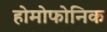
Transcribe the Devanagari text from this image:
होमोफोनिक